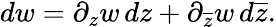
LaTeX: dw=\partial_{z}w\, dz+\partial_{\overline{{z}}}w\, d\overline{{z}}.